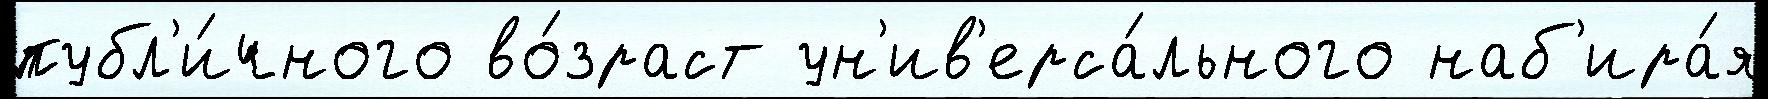
публ'и́чного во́зраст ун'ив'ерса́льного наб'ира́я